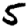
Digit: 5